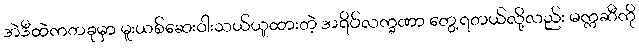
အဲဒီထဲကတခုမှာ မူးယစ်ဆေးဝါးသယ်ယူထားတဲ့ အရိပ်လက္ခဏာ တွေ့ရတယ်လို့လည်း မက္ကဆီကို